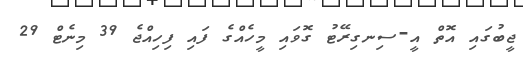
ޖީބުގައި އޮތް އީ-ސިނގިރޭޓު ގޮވައި މީހެއްގެ ފައި ފިހިއްޖެ 39 މިނެޓް 29